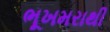
ભૂખમરાથી